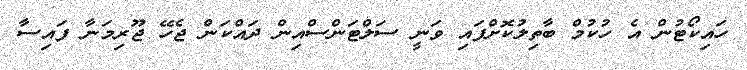
ހައިކޯޓުން އެ ހުކުމް ބާތިލުކޮށްފައި ވަނީ ސަލްޓަންސްއިން ދައްކަން ޖެހޭ ޖޫރިމަނާ ފައިސާ